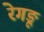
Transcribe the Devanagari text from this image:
रेगङू